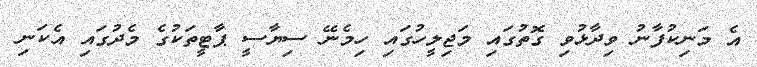
އެ މަނިކުފާނު ވިދާޅުވި ގޮތުގައި މަޖިލީހުގައި ހިމެނޭ ސިޔާސީ ޕާޓީތަކުގެ މެދުގައި އެކަނި